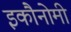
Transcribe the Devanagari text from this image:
इकौनोमी